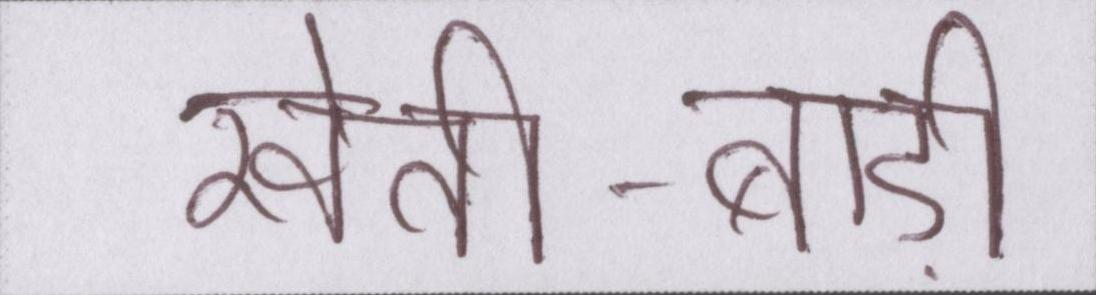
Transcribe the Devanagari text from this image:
खेती-बाड़ी